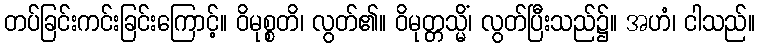
တပ်ခြင်းကင်းခြင်းကြောင့်။ ဝိမုစ္စတိ၊ လွတ်၏။ ဝိမုတ္တသ္မိံ၊ လွတ်ပြီးသည်၌။ အဟံ၊ ငါသည်။